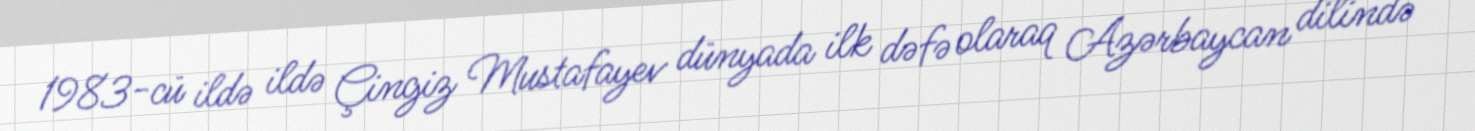
1983-cü ildə ildə Çingiz Mustafayev dünyada ilk dəfə olaraq Azərbaycan dilində